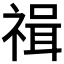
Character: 𥚶